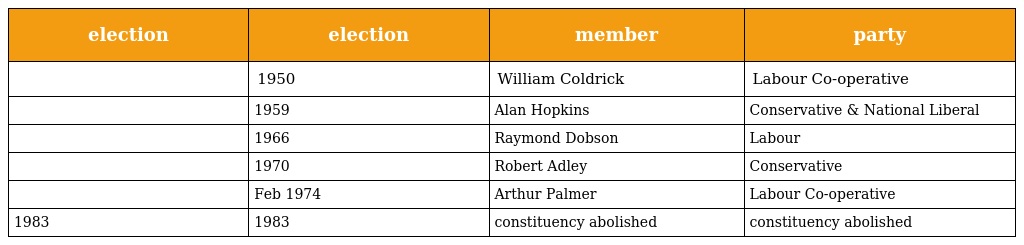
| election | election | member | party |
 | --- | --- | --- | --- |
 |  | 1950 | William Coldrick | Labour Co-operative |
 |  | 1959 | Alan Hopkins | Conservative & National Liberal |
 |  | 1966 | Raymond Dobson | Labour |
 |  | 1970 | Robert Adley | Conservative |
 |  | Feb 1974 | Arthur Palmer | Labour Co-operative |
 | 1983 | 1983 | constituency abolished | constituency abolished |